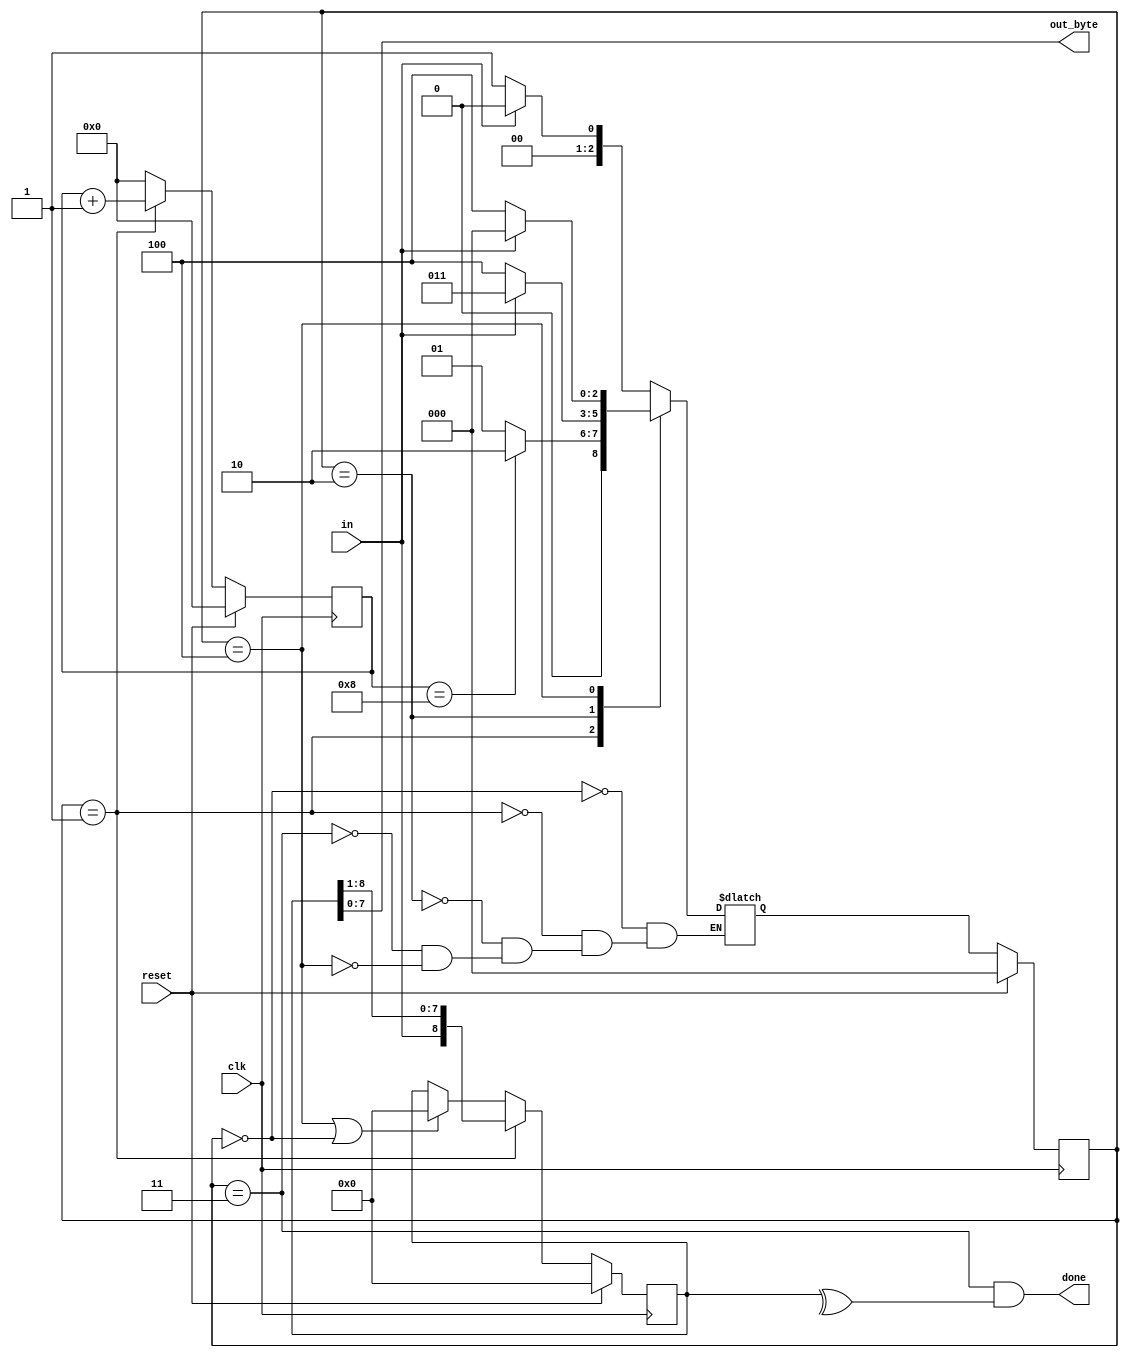
module top_module(
    input clk,
    input in,
    input reset,    // Synchronous reset
    output [7:0] out_byte,
    output done
); //

// Modify FSM and datapath from Fsm_serialdata
// FSM from fsm_ps2
// Use FSM from Fsm_serial
parameter IDLE = 3'd0, Da = 3'd1, Ed = 3'd2, Fi = 3'd3, Er = 3'd4;

reg [2:0] cur_state, nxt_state;

reg  [3:0] cnt;
wire [3:0] cnt_nxt = cnt + 1'b1;

always @ (posedge clk) begin
    if (reset) cnt <= 4'b0;
    else begin
        if (cur_state == Da) cnt <= cnt_nxt;
        else cnt <= 4'b0;
    end
end

always @ (*) begin
    case (cur_state)
        IDLE : nxt_state = in ? IDLE : Da;
        Da   : nxt_state = cnt == 4'd8 ? Ed : Da;
        Ed   : nxt_state = in ? Fi : Er;
        Fi   : nxt_state = in ? IDLE : Da;
        Er   : nxt_state = in ? IDLE : Er;
    endcase 
end

always @ (posedge clk) begin
    if (reset) cur_state <= IDLE;
    else cur_state <= nxt_state;
end

// New: Datapath to latch input bits.

reg  [8:0] data;
wire [8:0] data_nxt = {in, data[8:1]};

always @ (posedge clk) begin
    if (reset) data <= 8'b0;
    else begin
        if (cur_state == Da) data <= data_nxt;
        else if (cur_state == Er || cur_state == IDLE) data <= 8'b0;
    end
end

assign out_byte = data[7:0];

// New: Add parity checking.
assign done = cur_state == Fi && (^data);

endmodule